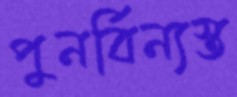
পুনর্বিন্যস্ত